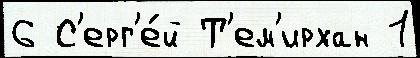
6 С'ерг'е́й Т'ем'ирхан 1